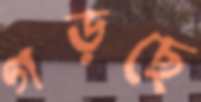
গড়ছে